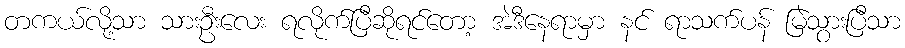
တကယ်လို့သာ သားဦးလေး ရလိုက်ပြီဆိုရင်တော့ အဲဒီနေရာမှာ နင် ရာသက်ပန် မြဲသွားပြီသာ